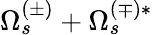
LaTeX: \Omega_{s}^{(\pm)}+\Omega_{s}^{(\mp)*}